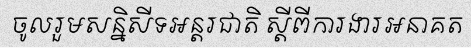
ចូលរួមសន្និសីទអន្តរជាតិ ស្តីពីការងារអនាគត